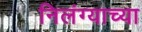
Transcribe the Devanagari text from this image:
निलंग्याच्या